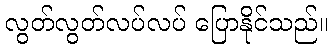
လွတ်လွတ်လပ်လပ် ပြောနိုင်သည်။